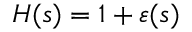
\begin{array} { r } { H ( s ) = 1 + \varepsilon ( s ) } \end{array}